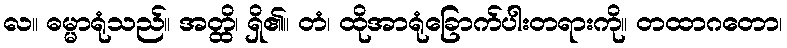
လ။ ဓမ္မာရုံသည်။ အတ္ထိ၊ ရှိ၏။ တံ၊ ထိုအာရုံခြောက်ပါးတရားကို။ တထာဂတော၊